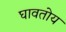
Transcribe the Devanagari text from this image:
घावतोय